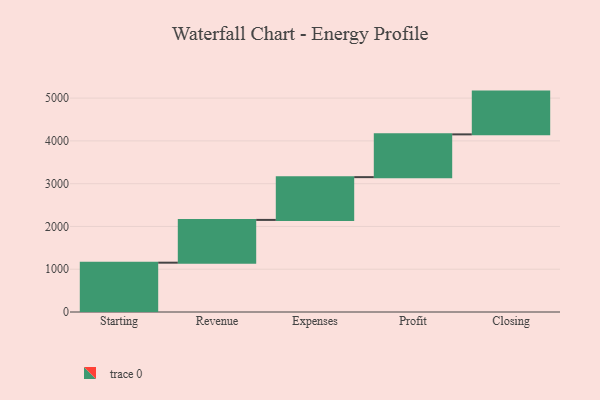
{"axis": {"x": "Step", "y": "Value"}, "legend": [""], "data": [{"x": "Starting", "y": 1153.0, "type": ""}, {"x": "Revenue", "y": 1000, "type": ""}, {"x": "Expenses", "y": 1000, "type": ""}, {"x": "Profit", "y": 1000, "type": ""}, {"x": "Closing", "y": 1000, "type": ""}]}